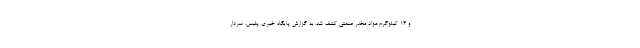
و ۱۴ کیلوگرم مواد مخدر صنعتی کشف شد. به گزارش پایگاه خبری پلیس، سردار